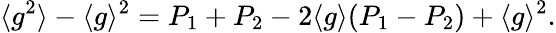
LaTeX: {\langle g^{2}\rangle-\langle g\rangle^{2}=P_{1}+P_{2}-2\langle g\rangle(P_{1}-P_{2})+\langle g\rangle^{2}}.